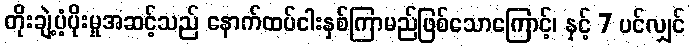
တိုးချဲ့ပံ့ပိုးမှုအဆင့်သည် နောက်ထပ်ငါးနှစ်ကြာမည်ဖြစ်သောကြောင့်၊ နှင့် 7 ပင်လျှင်